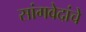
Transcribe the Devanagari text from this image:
सांगवेदांचे